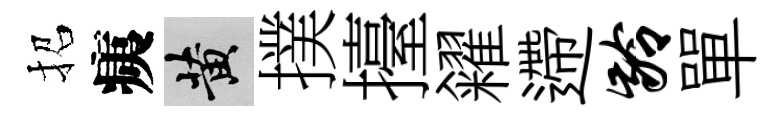
招痍黄撲擡糴遰龄單